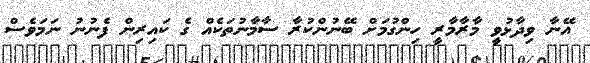
އޭނާ ވިދާޅުވީ މާރާމާރީ ހިންގުމަށް ބޭނުންކުރާ ސާމާނުތަކެއް ގެ ކައިރިން ފެނުނު ނަމަވެސް